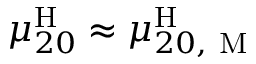
\mu _ { 2 0 } ^ { \mathrm { H } } \approx \mu _ { 2 0 , \mathrm { ~ M ~ } } ^ { \mathrm { H } }